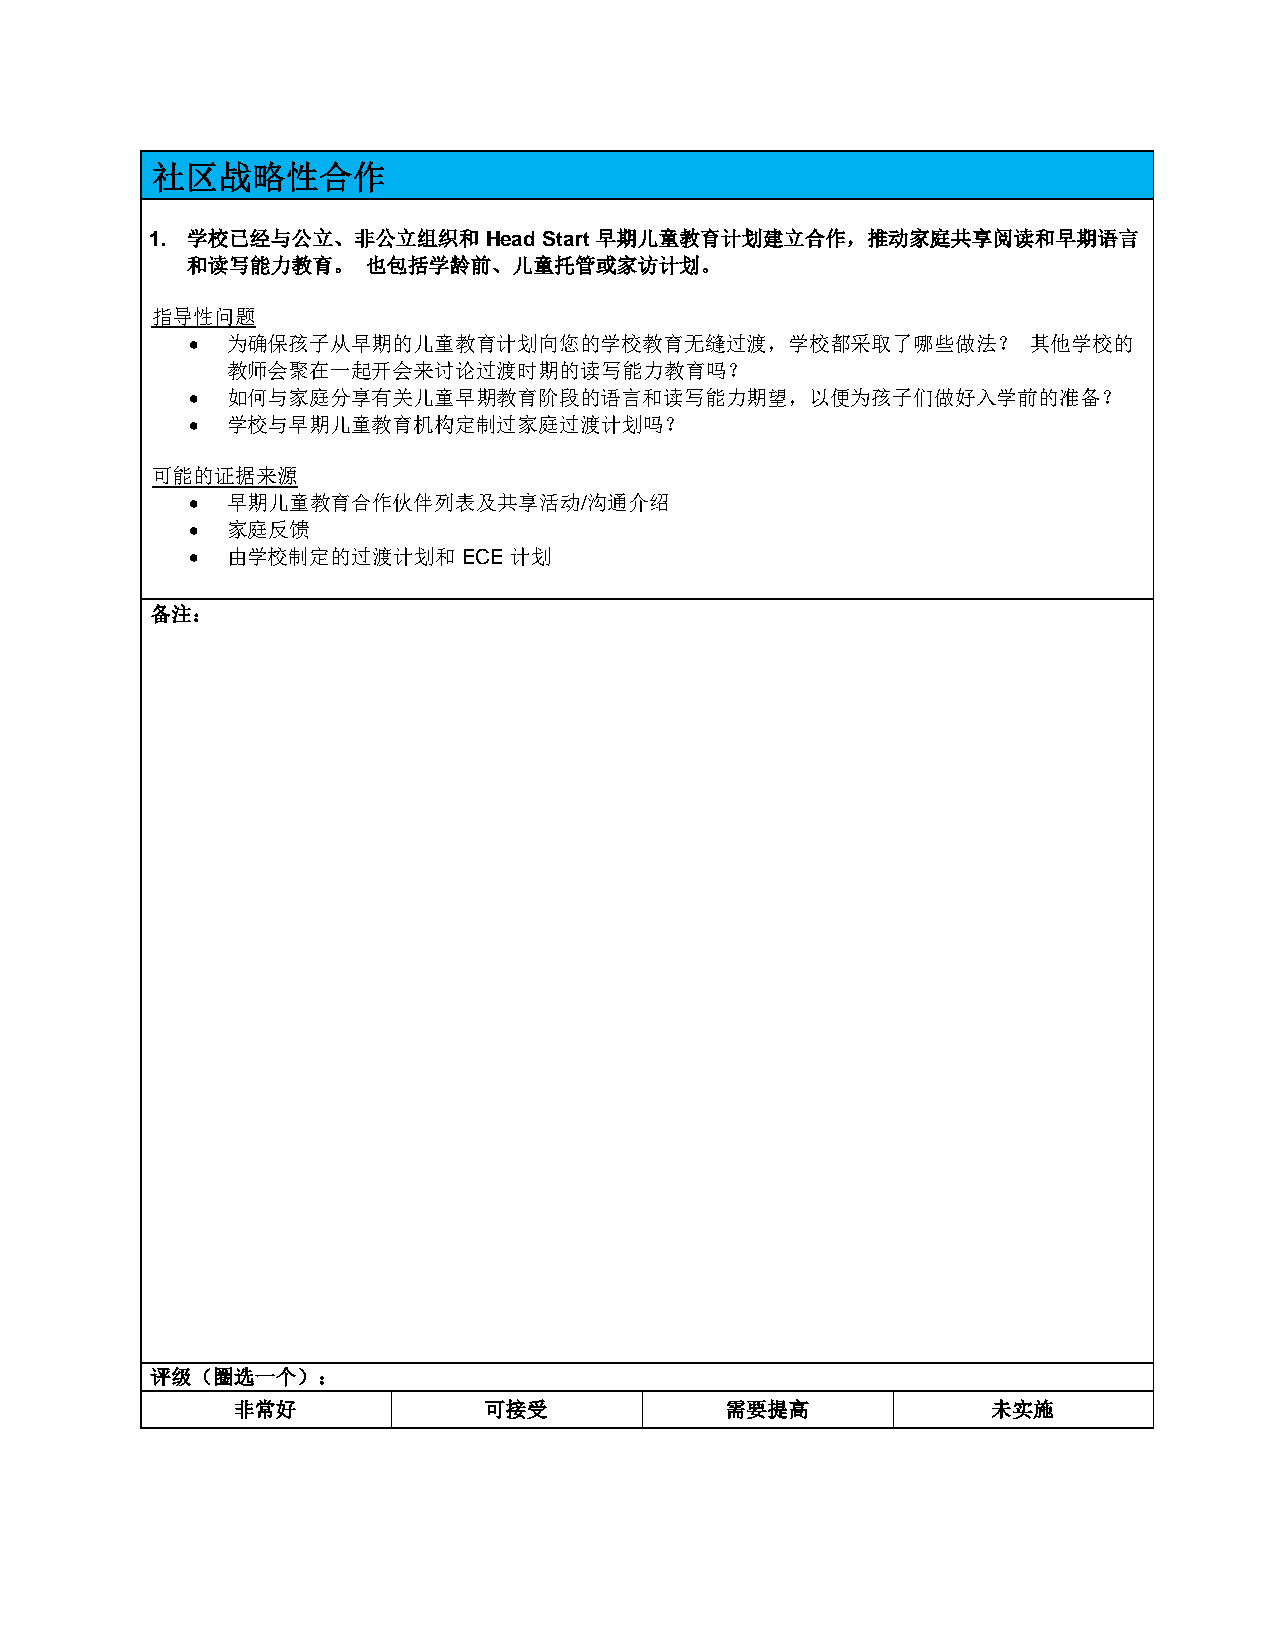
社区战略性合作
 1. 学校已经与公立、非公立组织和     Head Start 早期儿童教育计划建立合作，推动家庭共享阅读和早期语言
 和读写能力教育。    也包括学龄前、儿童托管或家访计划。
 指导性问题
 • 为确保孩子从早期的儿童教育计划向您的学校教育无缝过渡，学校都采取了哪些做法？               其他学校的
 教师会聚在一起开会来讨论过渡时期的读写能力教育吗？
 • 如何与家庭分享有关儿童早期教育阶段的语言和读写能力期望，以便为孩子们做好入学前的准备？
 • 学校与早期儿童教育机构定制过家庭过渡计划吗？
 可能的证据来源
 • 早期儿童教育合作伙伴列表及共享活动/沟通介绍
 • 家庭反馈
 • 由学校制定的过渡计划和     ECE 计划
 备注：
 评级（圈选一个）：
 非常好              可接受             需要提高              未实施